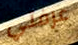
عرفتي